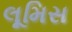
લૂમિસ